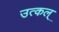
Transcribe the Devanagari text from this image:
उत्कल्